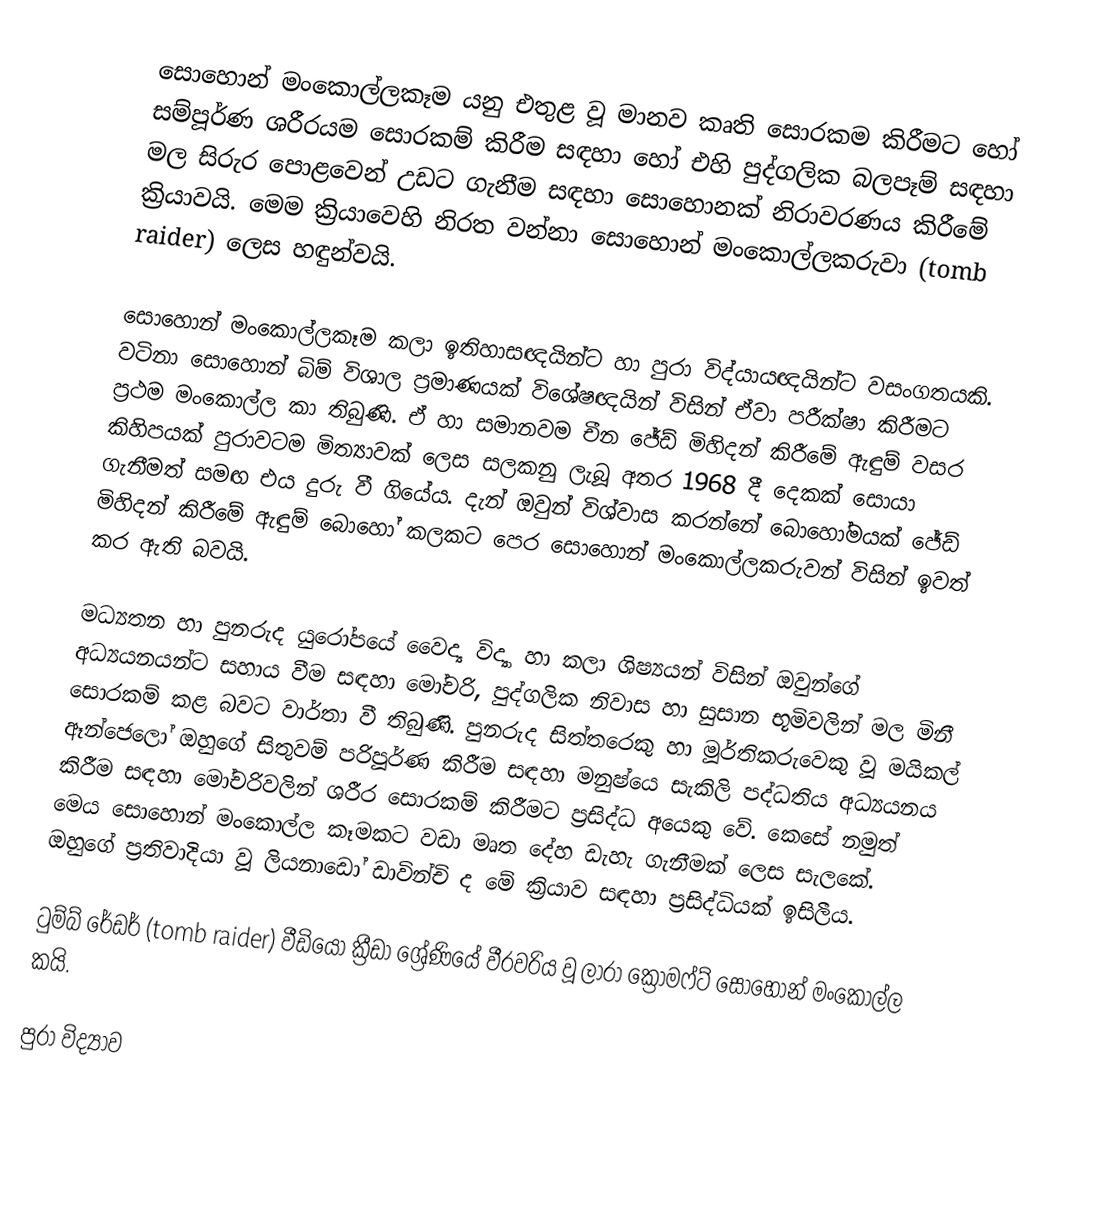
සොහොන් මංකොල්ලකෑම යනු එතුළ වූ මානව කෘති සොරකම කිරීමට හෝ සම්පූර්ණ ශරීරයම සොරකම් කිරීම සඳහා හෝ එහි පුද්ගලික බලපෑම් සඳහා මල සිරුර පො‍ළවෙන් උඩට ගැනීම සඳහා සොහොනක් නිරාවරණය කිරීමේ ක්‍රියාවයි. මෙම ක්‍රියාවෙහි නිරත වන්නා සොහොන් මංකොල්ලකරුවා (tomb raider) ලෙස හඳුන්වයි.

සොහොන් මංකොල්ලකෑම කලා ඉතිහාසඥයින්ට හා පුරා විද්යායඥයින්ට වසංගතයකි. වටිනා සොහොන් බිම් විශාල ප්‍රමාණයක් ‍විශේෂඥයින් විසින් ඒවා පරීක්ෂා කිරීමට ප්‍රථම මංකොල්ල කා තිබුණි. ඒ හා සමානවම චීන ජේඩ් මිහිදන් කිරීමේ ඇඳුම් වසර කිහිපයක් පුරාවටම මිත්‍යාවක් ලෙස සලකනු ලැබූ අතර 1968 දී දෙකක් සොයා ගැනීමත් සමඟ එය දුරු වී ගියේය. දැන් ඔවුන් විශ්වාස කරන්නේ බොහෝමයක් ජේඩ් මිහිදන් කිරීමේ ඇඳුම් බොහෝ කලකට පෙර සොහොන් මංකොල්ලකරුවන් විසින් ඉවත් කර ඇති බවයි.

මධ්‍යතන හා පුනරුද යුරෝපයේ වෛද්‍ය විද්‍යා හා කලා ශිෂ්‍යයන් විසින් ඔවුන්ගේ අධ්‍යයනයන්ට සහාය වීම සඳහා මෝචරි, පුද්ගලික නිවාස හා සුසාන භූමිවලින් මල මිනී සොරකම් කළ බවට වාර්තා වී තිබුණි. පුනරුද සිත්තරෙකු හා මූර්තිකරුවෙකු වූ මයිකල් ඈන්ජෙලෝ ඔහු‍ගේ සිතුවම් පරිපූර්ණ කිරීම සඳහා මනුෂ්යෙ සැකිලි පද්ධතිය අධ්‍යයනය කිරීම සඳහා මෝචරිවලින් ශරීර සොරකම් කිරීමට ප්‍රසිද්ධ අයෙකු වේ. කෙසේ නමුත් මෙය සොහොන් මංකොල්ල කෑමකට වඩා මෘත දේහ ඩැහැ ගැනීමක් ලෙස සැලකේ. ඔහුගේ ප්‍රතිවාදියා  වූ ලියනාඩෝ ඩාවින්චි ද මේ ක්‍රියාව සඳහා ප්‍රසිද්ධියක් ඉසිලීය.

ටුම්බ් රේඩර් (tomb raider) වීඩියෝ ක්‍රීඩා ‍ශ්‍රේණියේ වීරවරිය වූ ලාරා ක්‍රොමෆ්ට් සොහොන් මංකොල්ල කයි.

පුරා විද්‍යාව